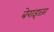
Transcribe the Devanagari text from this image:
बेराइछा